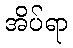
အိပ်ရာ